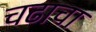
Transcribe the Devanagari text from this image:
चढाचा